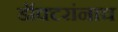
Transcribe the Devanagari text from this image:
डॉक्टरांनाच